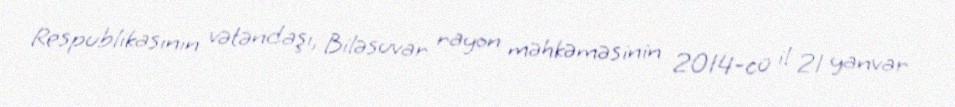
Respublikasının vətəndaşı, Biləsuvar rayon məhkəməsinin 2014-cü il 21 yanvar